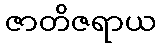
ဇာတိဇရာယ